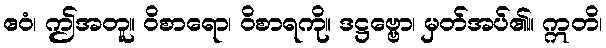
ဧဝံ၊ ဤအတူ။ ဝိစာရော၊ ဝိစာရကို။ ဒဋ္ဌဗ္ဗော၊ မှတ်အပ်၏။ ဣတိ၊